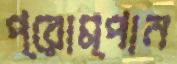
প্রোম্পান